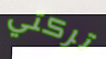
تركتي